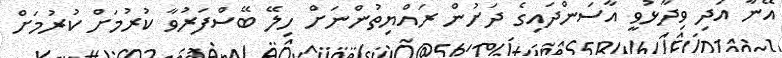
އޭނާ އަދި ވިދާޅުވީ އާސަންދައިގެ ދަށުން ރައްޔިތުންނަށް ހިލޭ ބޭސްފަރުވާ ކުރުމަށް ކުރުމަށް